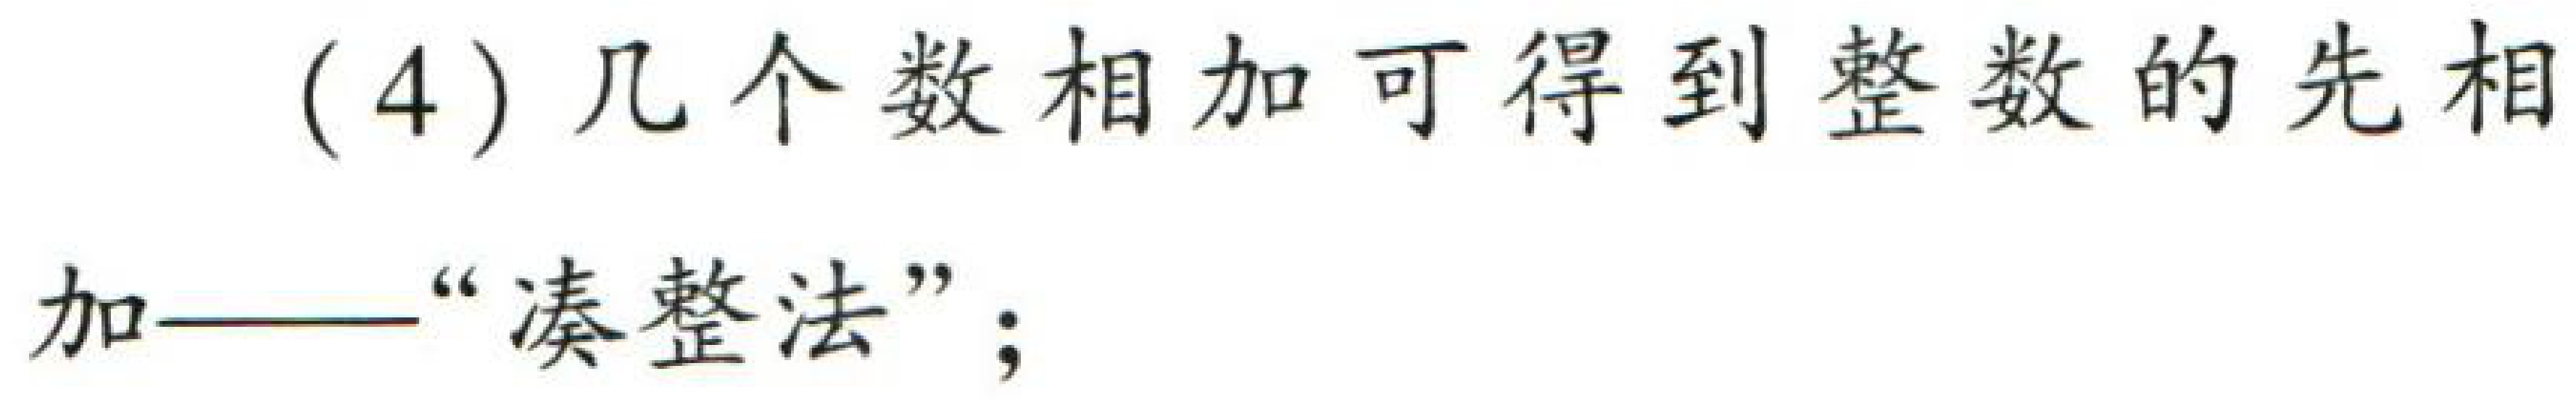
(4) 几个数相加可得到整数的先相加——“凑整法”；